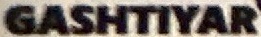
GASHTIYAR